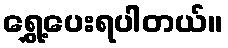
ရွှေ့ပေးရပါတယ်။